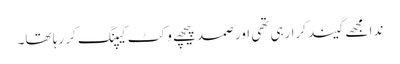
ندا مجھے گیند کرا رہی تھی اور صمد پیچھے وکٹ کیپنگ کر رہا تھا۔